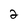
Character: 2